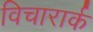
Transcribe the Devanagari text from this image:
विचारार्क